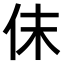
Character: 𠇱